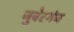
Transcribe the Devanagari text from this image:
जुबेरगंज